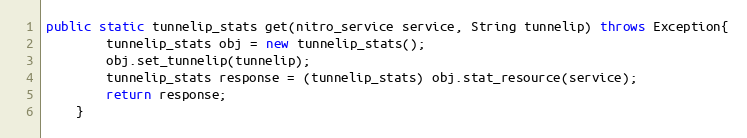
Language: Java
public static tunnelip_stats get(nitro_service service, String tunnelip) throws Exception{
		tunnelip_stats obj = new tunnelip_stats();
		obj.set_tunnelip(tunnelip);
		tunnelip_stats response = (tunnelip_stats) obj.stat_resource(service);
		return response;
	}